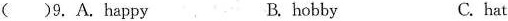
()9.A.happyB.hobbyC.hat